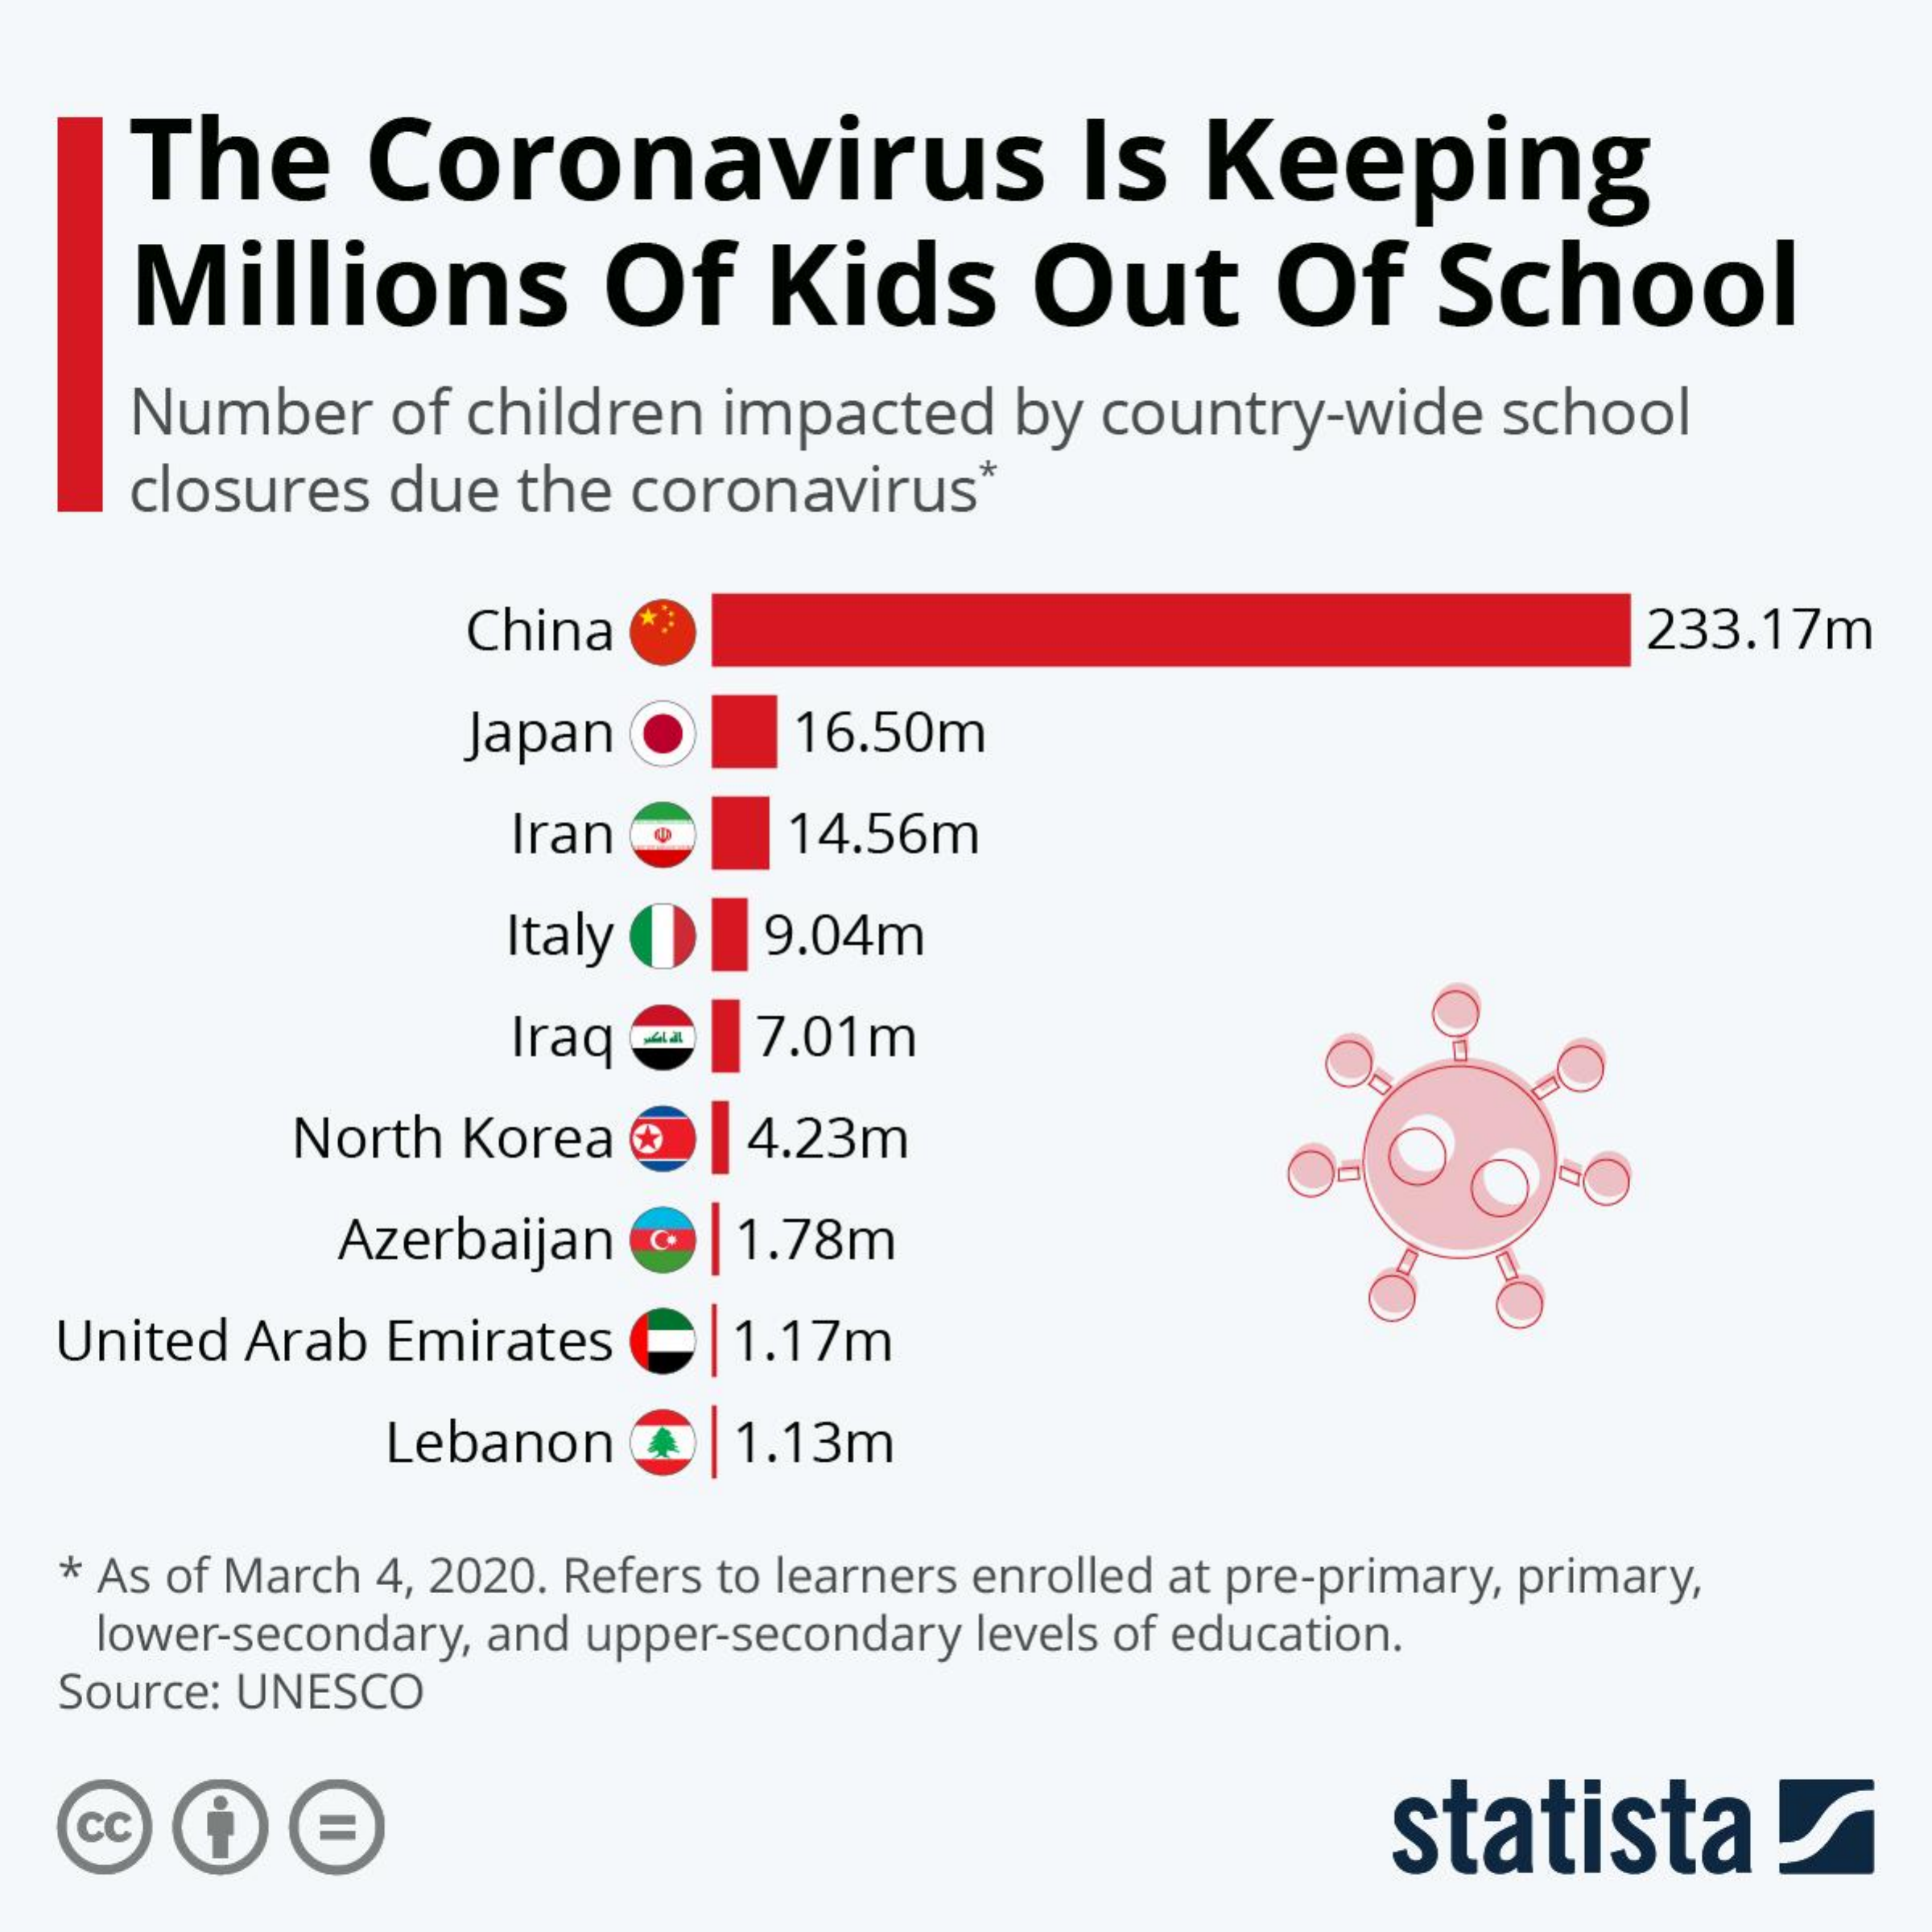
The    Coronavirus    Is   Keeping
     Millions    Of    Kids    Out    Of    School
     Number    of children  impacted   by country-wide    school
     closures due  the coronavirus*
     China    233.17m
     Japan    16.50m
     Iran    14.56m
     Italy (   9.04m
     Iraq    7.01m
     North Korea @    4.23m
     Azerbaijan  @ |1.78m
   United Arab Emirates    1.17m
     Lebanon    |1.13m
   * As of March 4, 2020. Refers to learners enrolled at pre-primary, primary,
    lower-secondary, and upper-secondary levels of education.
   Source: UNESCO
   cc    statista!